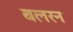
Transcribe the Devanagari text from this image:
बलरन